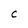
Character: C